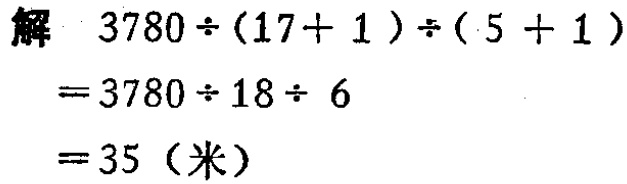
解 \(3780\div(17 + 1)\div(5 + 1)\)

\(=3780\div18\div 6\)

\(=35\)（米）